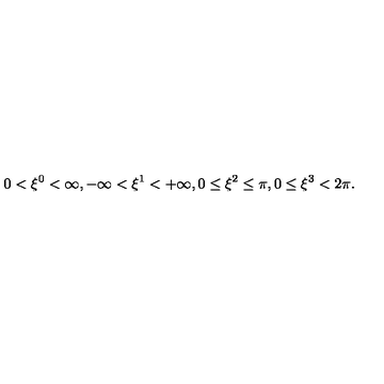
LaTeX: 0 < \xi ^ { 0 } < \infty , - \infty < \xi ^ { 1 } < + \infty , 0 \leq \xi ^ { 2 } \leq \pi , 0 \leq \xi ^ { 3 } < 2 \pi .